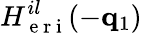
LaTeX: H_{\mathrm{~e~r~i~}}^{il}(-\mathbf{q}_{1})